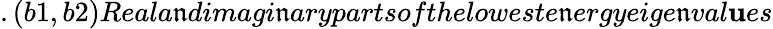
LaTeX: .(b1,b2)Reala\mathfrak{n}dimagi\mathfrak{n}arypartsoftheloweste\mathfrak{n}ergyeige\mathfrak{n}val\mathbf{u}es